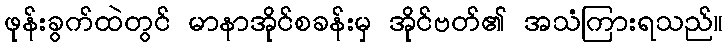
ဖုန်းခွက်ထဲတွင် မာနာအိုင်စခန်းမှ အိုင်ဗတ်၏ အသံကြားရသည်။